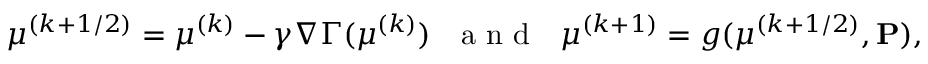
\boldsymbol { \mu } ^ { ( k + 1 / 2 ) } = \boldsymbol { \mu } ^ { ( k ) } - \gamma \nabla \Gamma ( \boldsymbol { \mu } ^ { ( k ) } ) ~ ~ \mathrm { ~ a ~ n ~ d ~ } ~ ~ \boldsymbol { \mu } ^ { ( k + 1 ) } = g ( \boldsymbol { \mu } ^ { ( k + 1 / 2 ) } , \mathbf { P } ) ,